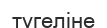
түгеліне